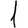
Digit: 1